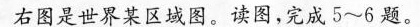
右图是世界某区域图。读图，完成5~6题。